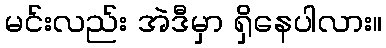
မင်းလည်း အဲဒီမှာ ရှိနေပါလား။